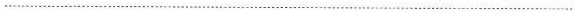
…………